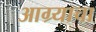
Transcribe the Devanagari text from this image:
आग्र्याचा